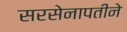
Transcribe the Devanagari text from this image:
सरसेनापतीने